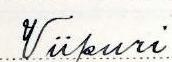
Viipuri